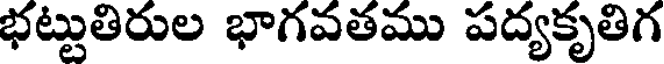
భట్టుతిరుల భాగవతము పద్యకృతిగ